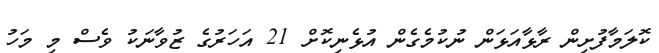
ކޮލަމާފުށިން ރާޅާއަޅަން ނުކުމެގެން އުޅެނިކޮށް 21 އަހަރުގެ ޒުވާނަކު ވެސް މި މަހު